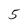
Character: 5